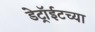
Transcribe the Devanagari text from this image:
डेट्रॉईटच्या